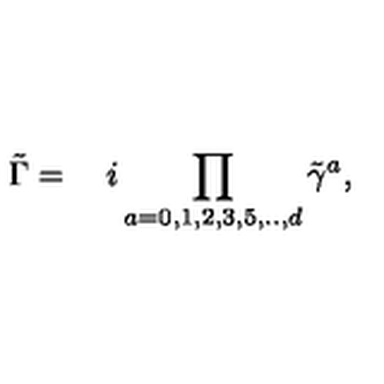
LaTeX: \tilde { \Gamma } = \quad i \prod _ { a = 0 , 1 , 2 , 3 , 5 , . . , d } \tilde { \gamma } ^ { a } ,